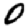
Digit: 0